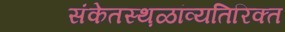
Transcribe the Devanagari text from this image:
संकेतस्थ़ळांव्यतिरिक्त